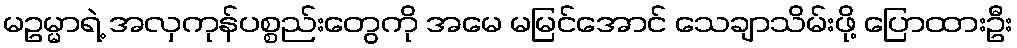
မဥမ္မာရဲ့ အလှကုန်ပစ္စည်းတွေကို အမေ မမြင်အောင် သေချာသိမ်းဖို့ ပြောထားဦး